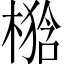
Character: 𣘉